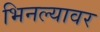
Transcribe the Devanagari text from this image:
भिनल्यावर